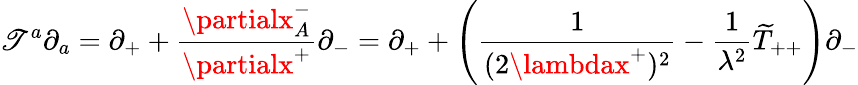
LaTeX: \mathscr{T}^{a}\partial_{a}=\partial_{+}+\frac{{\partialx_{A}^{-}}}{{\partialx^{+}}}\partial_{-}=\partial_{+}+\left(\frac{{1}}{{(2\lambdax^{+})^{2}}}-{\frac{{1}}{{\lambda^{2}}}}\widetilde{{T}}_{++}\right)\partial_{-}